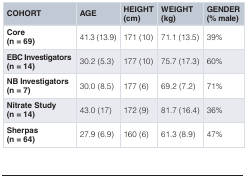
<table><thead><tr><td><b>COHORT</b></td><td><b>AGE</b></td><td><b>HEIGHT(cm)</b></td><td><b>WEIGHT(kg)</b></td><td><b>GENDER(% male)</b></td></tr></thead><tbody><tr><td><b>Core</b><b>(n = 69)</b></td><td>41.3 (13.9)</td><td>171 (10)</td><td>71.1 (13.5)</td><td>39%</td></tr><tr><td><b>EBC Investigators</b><b>(n = 14)</b></td><td>30.2 (5.3)</td><td>177 (10)</td><td>75.7 (17.3)</td><td>60%</td></tr><tr><td><b>NB Investigators</b><b>(n = 7)</b></td><td>30.0 (8.5)</td><td>177 (6)</td><td>69.2 (7.2)</td><td>71%</td></tr><tr><td><b>Nitrate Study</b><b>(n = 14)</b></td><td>43.0 (17)</td><td>172 (9)</td><td>81.7 (16.4)</td><td>36%</td></tr><tr><td><b>Sherpas</b><b>(n = 64)</b></td><td>27.9 (6.9)</td><td>160 (6)</td><td>61.3 (8.9)</td><td>47%</td></tr></tbody></table>